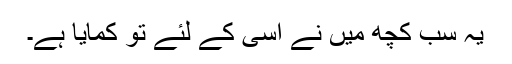
یہ سب کچھ میں نے اُسی کے لئے تو کمایا ہے۔